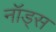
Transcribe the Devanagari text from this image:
नॉड्स